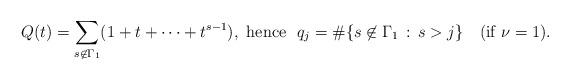
LaTeX: \begin{align*}Q(t)=\sum_{s\not\in \Gamma_1} (1+t+\cdots +t^{s-1}),\ \mbox{hence} \ \ q_j=\#\{s\not\in \Gamma_1 \, :\, s>j\} \ \ \ (\mbox{if} \ \nu=1).\end{align*}